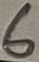
Text: 5